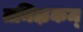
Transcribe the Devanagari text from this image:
तमिऴकम्